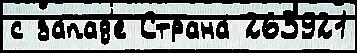
с за́пад'е Страна́ 263921